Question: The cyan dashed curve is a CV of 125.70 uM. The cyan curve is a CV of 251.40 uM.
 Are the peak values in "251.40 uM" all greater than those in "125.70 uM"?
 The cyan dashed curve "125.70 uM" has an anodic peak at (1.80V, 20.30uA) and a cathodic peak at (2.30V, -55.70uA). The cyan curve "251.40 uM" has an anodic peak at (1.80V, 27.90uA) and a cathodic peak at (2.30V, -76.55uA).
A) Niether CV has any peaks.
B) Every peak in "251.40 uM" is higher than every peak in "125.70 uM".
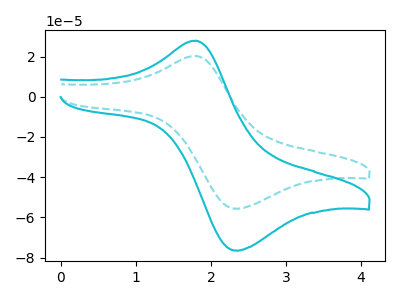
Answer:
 <answer>B) Every peak in "251.40 uM" is higher than every peak in "125.70 uM".</answer>
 <eval>B</eval>